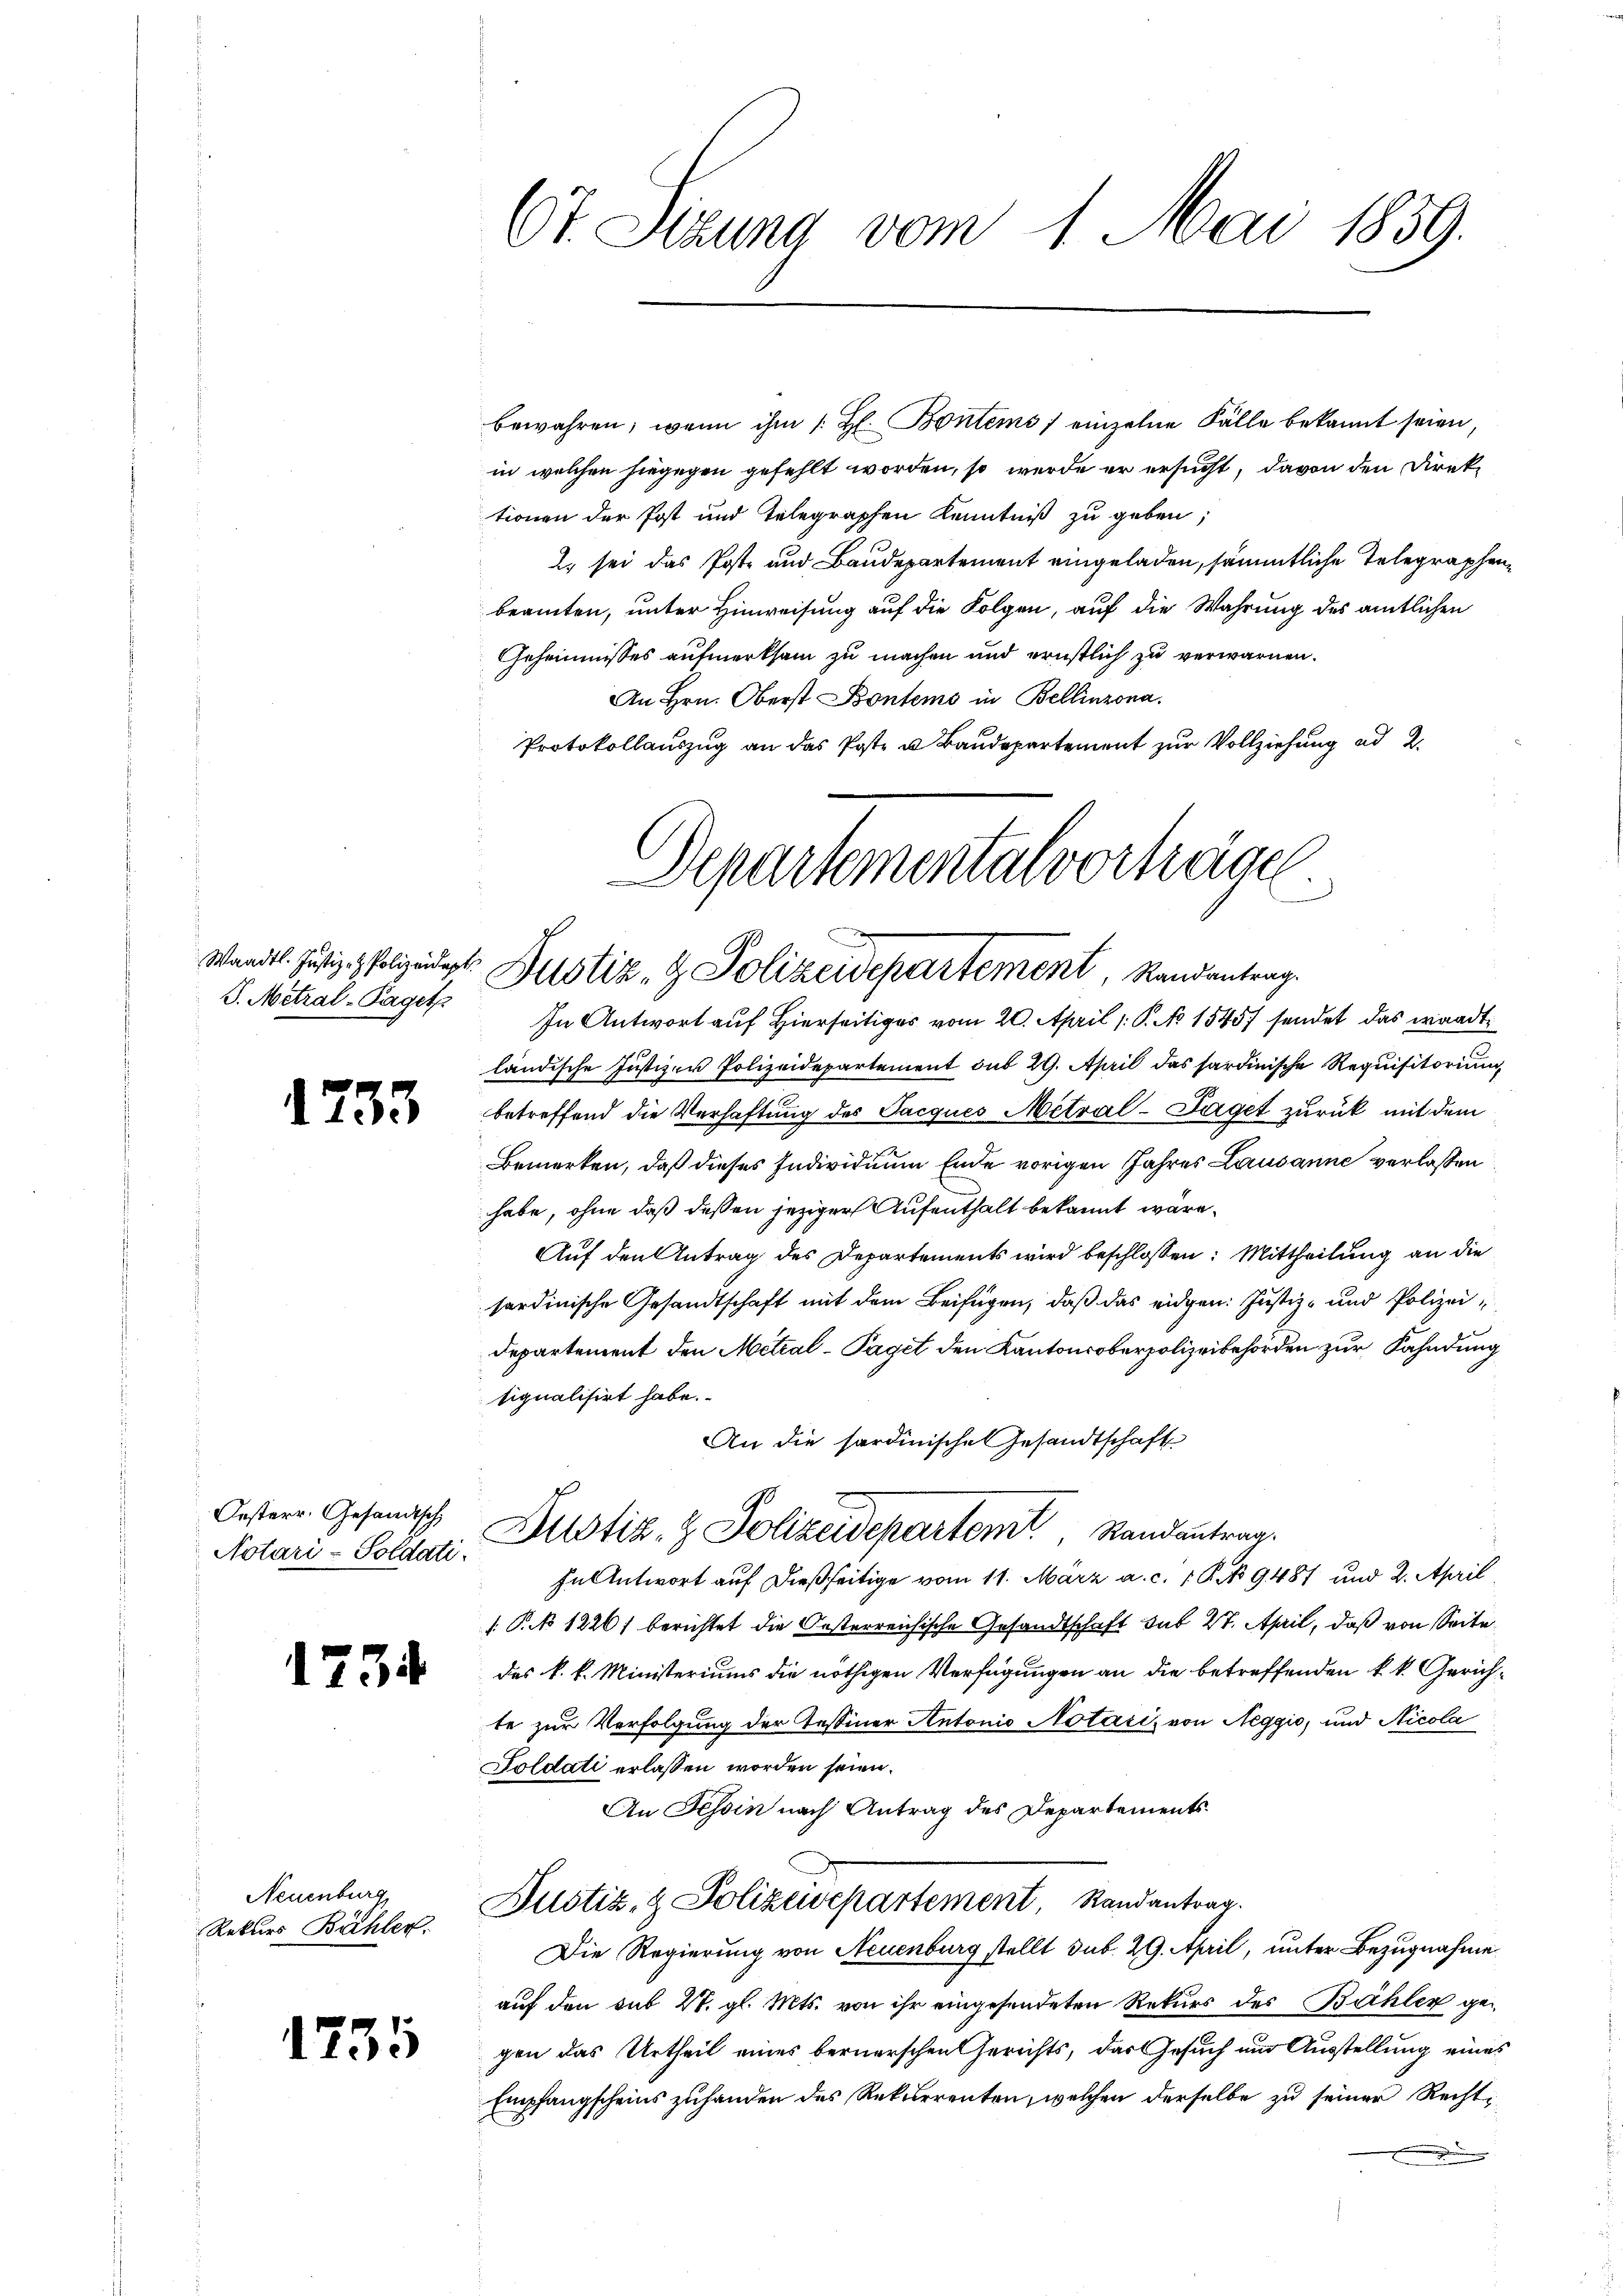
P. Metral-Paget

.

235

Oesterr. Gesandtsch
Notari-Soldati

1734

Neuenburg
Rekurs Bühler.

1735

bewahren, wenn ihm /: H. Bontems / einzelne Fälle bekannt seien,
in welchen hiegegen gefehlt worden, so werde er ersucht, davon den Direktionen der Post und Telegraphen Kenntniß zu geben;
2) sei das Poste und Baudepartement eingeladen, sämmtliche Telegraphenbeamten, unter Hinweisung auf die Folgen, auf die Wahrung des amtlichen
Geheimnisses aufmerksam zu machen und ernstlich zu verwarnen.
An Hrn. Oberst Bontems in Bellinzona.
Protokollauszug an das Poste u Baudepartement zur Vollziehung ad 2.

Ct. Sitzung vom 1. Mai 1859.

Departemental vorträge.
Wandel. Justizpolizeidigt. Justiz- & Polizeidepartement, Randantrag

An die sardinischen Gesandtschaft
.
Justiz- & Polizeidepartem Randantrag

In Antwort auf Hierseitiges vom 20. April 1 S. No 1545) sendet das waadt
ländische Justizen Polizeidepartement sub 29. April das sardinische Requisitorium
betreffend die Verhaftung des Jacques Metral-Taget zurück mit dem
Bemerken, daß dieses Individuum Ende vorigen Jahres Lausanne verlassen
habe, ohne daß dessen jeziger Aufenthalt bekannt wäre.
Auf den Antrag des Departements wird beschlossen: Mittheilung an die
sardinische Gesandtschaft mit dem Beifügen, daß das eidgen: Justiz- und Polizei¬
Departement den Metral-Paget den Kantonsoberpolizeibehörden zur Fahndung
signalisirt habe.
In Antwort auf dießseitige vom 11. März a. c. 1 S. 9487 und 2. April
 P. 1226) berichtet die Oesterreichische Gesandtschaft sub 27. April, daß von Seite
des k. k. Ministeriums die nöthigen Verfügungen an die betreffenden k. k. Gerichte zur Verfolgung der Tessiner Antonio Notari, von Neggio, und Nicola
Soldati erlassen worden seien.
An Tessin nach Antrag des Departements
Justiz- & Polizeisepartement Randantrag.
Die Regierung von Neuenburg stellt sub. 29. April, unter Bezugnahme
auf den sub 27. gl. Mts. von ihr eingesendeten Rekurs des Bühler gegen das Urtheil eines bernerschen Gerichts, das Gesuch und Ausstellung eines
Empfangscheins zuhanden des Rekurrenten, welchen derselbe zu seiner Recht¬